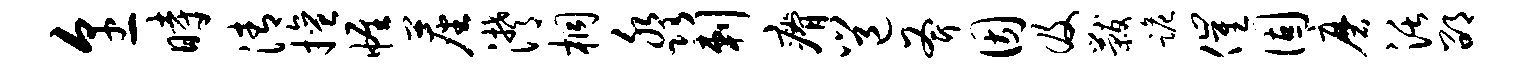
烹时清擅帷尘潸桐淼剌瘠邕斧因及黻跪催固磨活邵